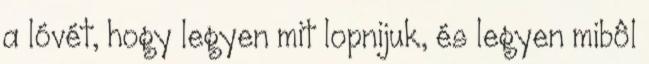
a lóvét, hogy legyen mit lopnijuk, és legyen mibôl